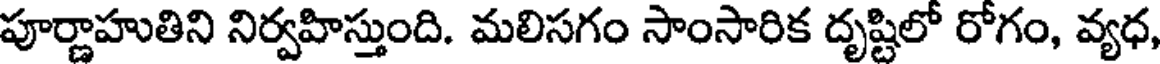
పూర్ణాహుతిని నిర్వహిస్తుంది. మలిసగం సాంసారిక దృష్టిలో రోగం, వ్యధ,